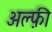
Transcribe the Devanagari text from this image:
अल्फ़ी